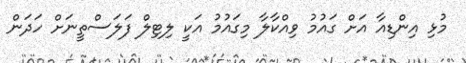
މުޅި އިންޑިއާ އަށް ގައުމު ވިއްކާލާ މިގައުމު އަކީ ލިޓިލް ފަލަސްތީނަށް ހަދަން